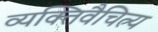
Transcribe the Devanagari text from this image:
व्यक्तिवैचित्र्य